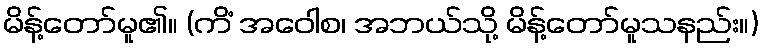
မိန့်တော်မူ၏။ (ကိံ အဝေါစ၊ အဘယ်သို့ မိန့်တော်မူသနည်း။)